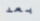
بعد